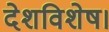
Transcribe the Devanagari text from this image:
देशविशेष।